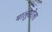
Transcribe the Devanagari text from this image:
मालुसरेला